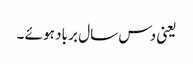
یعنی دس سال بر باد ہو ئے ۔